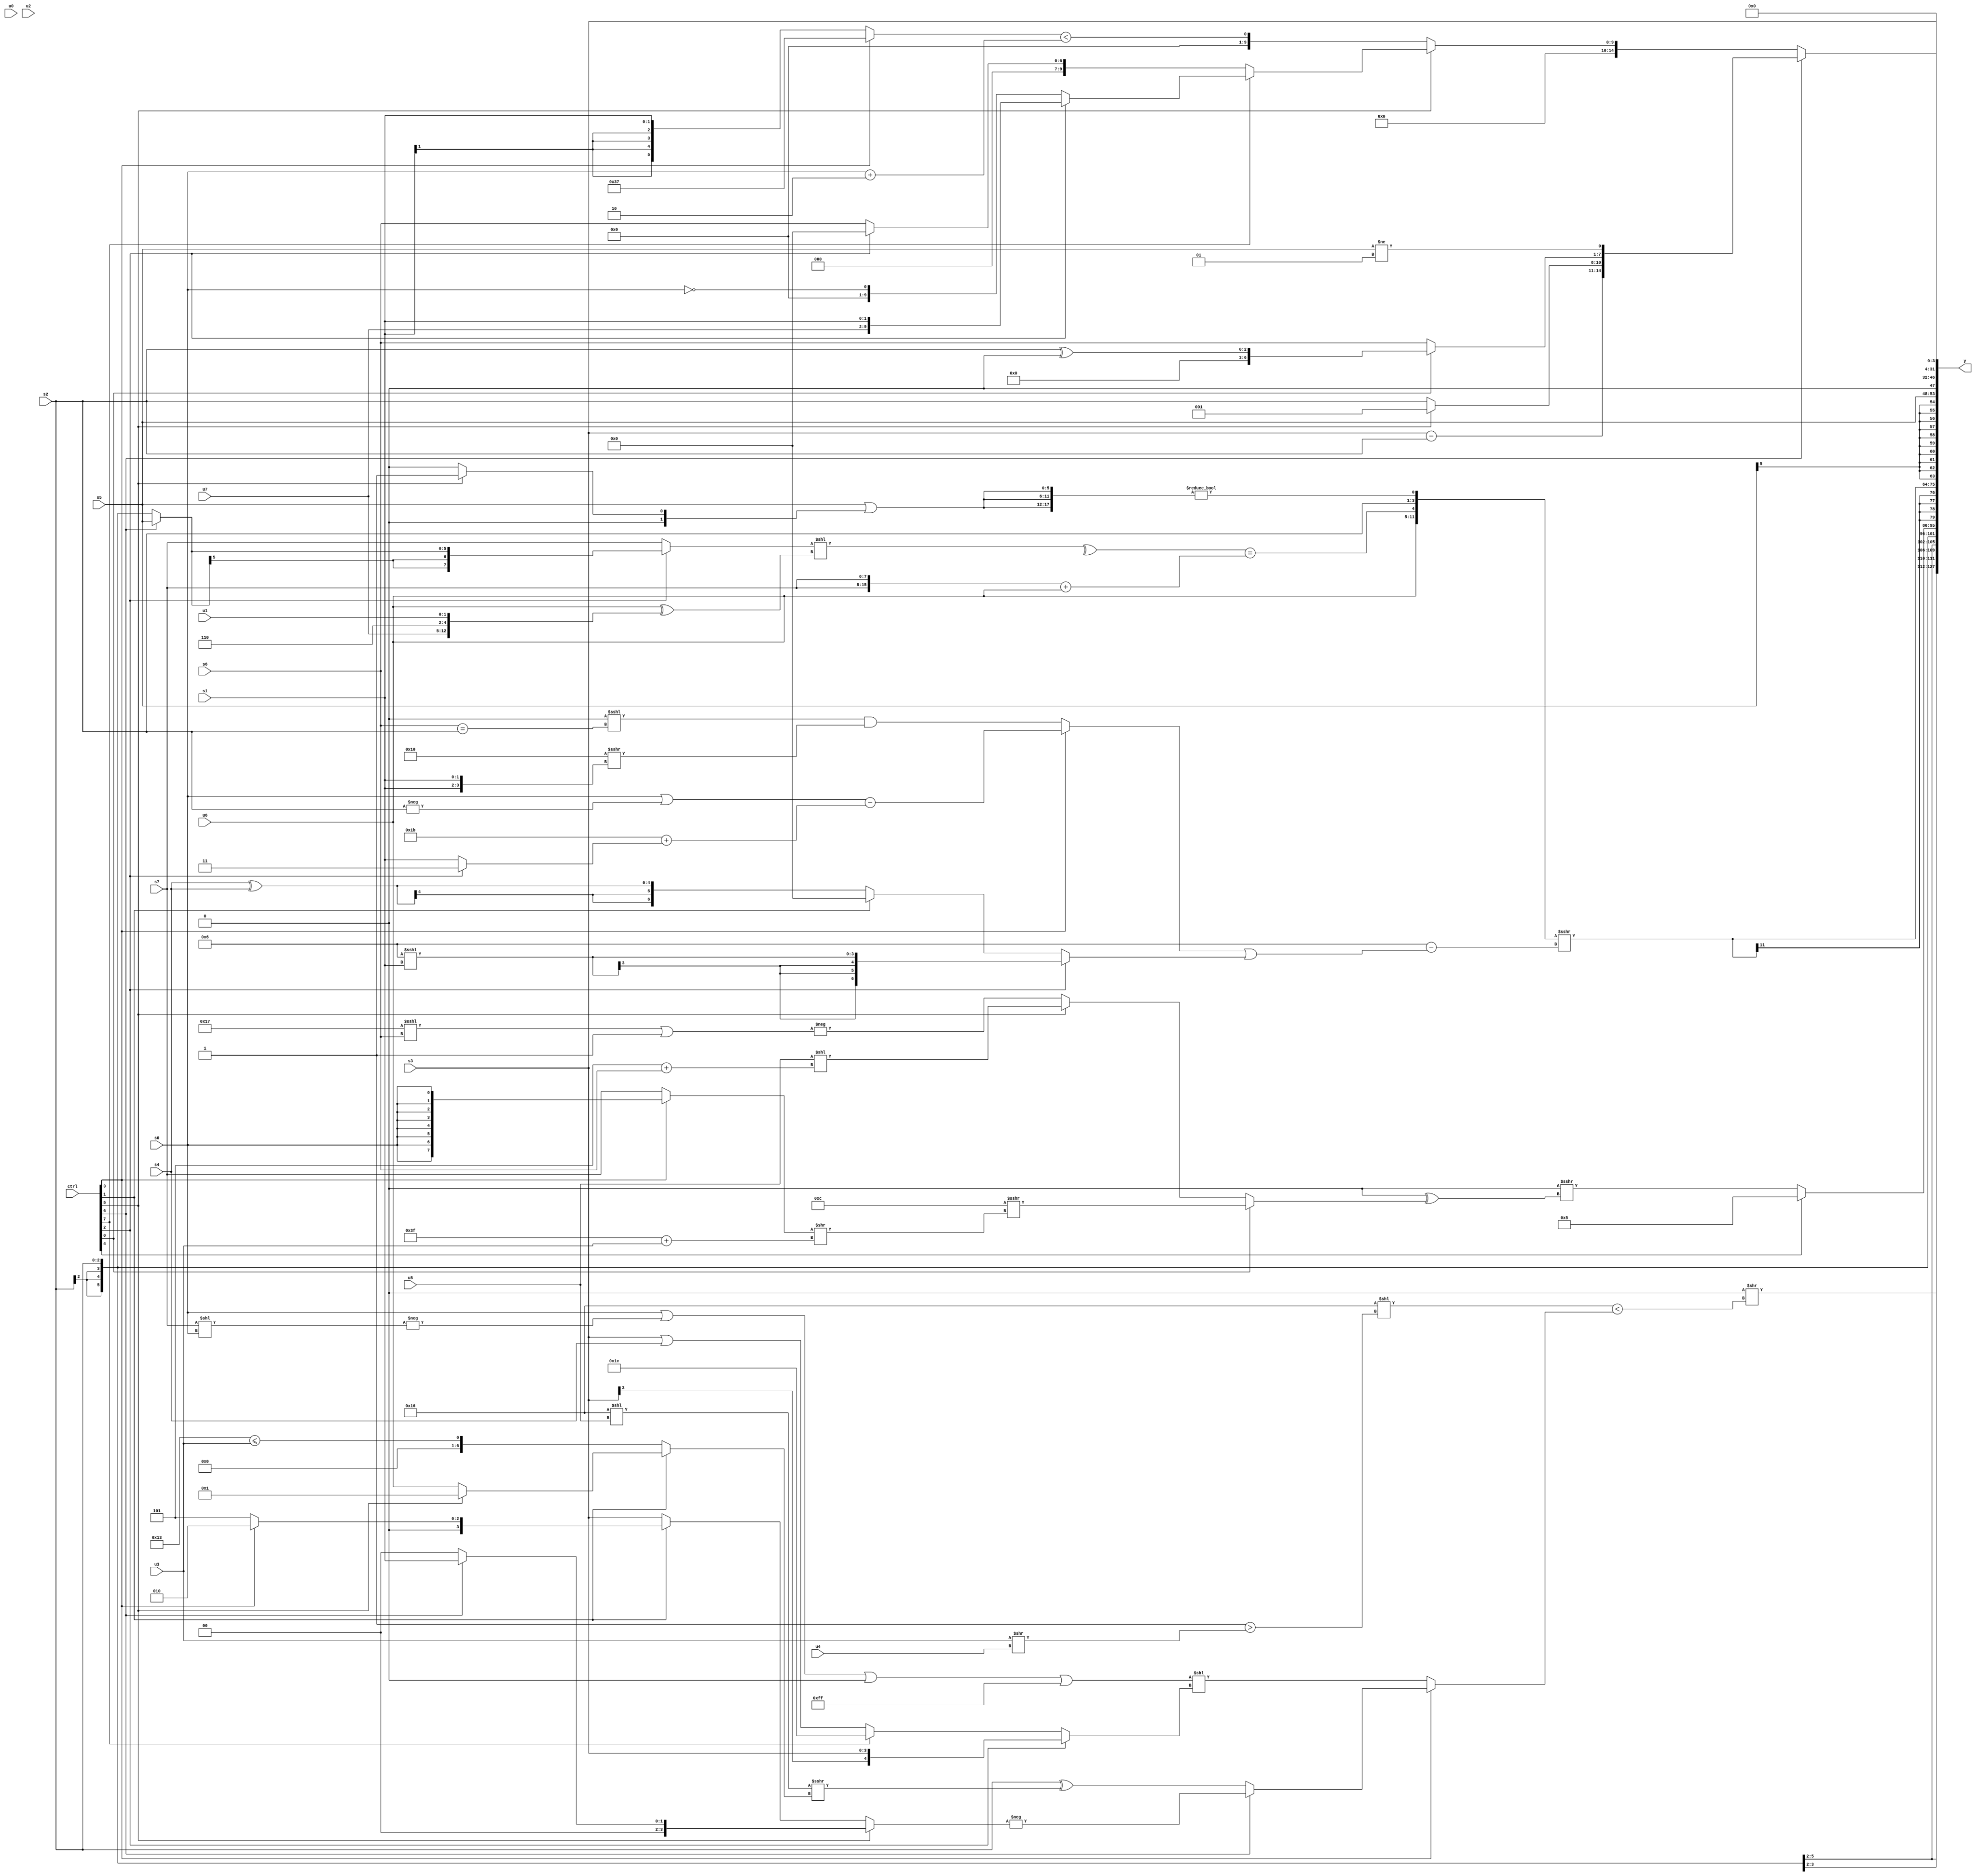
module wideexpr_00002(ctrl, u0, u1, u2, u3, u4, u5, u6, u7, s0, s1, s2, s3, s4, s5, s6, s7, y);
  input [7:0] ctrl;
  input [0:0] u0;
  input [1:0] u1;
  input [2:0] u2;
  input [3:0] u3;
  input [4:0] u4;
  input [5:0] u5;
  input [6:0] u6;
  input [7:0] u7;
  input signed [0:0] s0;
  input signed [1:0] s1;
  input signed [2:0] s2;
  input signed [3:0] s3;
  input signed [4:0] s4;
  input signed [5:0] s5;
  input signed [6:0] s6;
  input signed [7:0] s7;
  output [127:0] y;
  wire [15:0] y0;
  wire [15:0] y1;
  wire [15:0] y2;
  wire [15:0] y3;
  wire [15:0] y4;
  wire [15:0] y5;
  wire [15:0] y6;
  wire [15:0] y7;
  assign y = {y0,y1,y2,y3,y4,y5,y6,y7};
  assign y0 = (1'sb0)>>((+((5'b10110)<<((1'sb1)>(($signed(u3))>>(u4)))))<((ctrl[3]?(ctrl[6]?-((ctrl[5]?(ctrl[6]?s1:(+(s4))>>>({6'sb110010,2'sb01,1'sb0})):(ctrl[1]?(ctrl[3]?+(2'sb10):(ctrl[5]?4'sb0110:4'sb0101)):s3))):($signed($signed($signed(s2))))^(($signed((5'sb10110)<<($unsigned(u5))))>>>((ctrl[1]?(ctrl[5]?(ctrl[5]?2'b01:s4):u6):({1{6'b010011}})<=(u3))))):((((s0)|(-((s7)<<(s0))))|(((ctrl[2]?(4'sb0111)>>(3'b111):6'sb011110))<<(-({2{3'b100}}))))|(-(2'b01)))<<($signed((ctrl[2]?+(s3):(ctrl[7]?3'sb100:(ctrl[7]?(3'sb101)<<(s6):(s3)|(s4)))))))));
  assign y1 = +(s2);
  assign y2 = (ctrl[4]?3'b101:(1'b0)>>>((2'sb00)^((ctrl[0]?(4'sb1100)>>>((+((ctrl[3]?s0:s7)))>>($signed((6'sb111111)+(u3)))):(ctrl[5]?(($signed(u5))<<((3'sb101)+(s6)))>>>(((1'sb0)>>(2'sb10))<<<((2'b01)<<(6'sb000111))):-(((5'sb10111)<<<(s6))|((2'sb10)<(2'sb11))))))));
  assign y3 = $signed(({u6,(^(((ctrl[2]?(ctrl[6]?s5:s2):+(s7)))<<((u6)^({u7,3'b110,u1}))))==(({2{s7}})+(u6)),$signed(s2),($signed({3{(s5)|((ctrl[5]?2'sb01:1'sb0))}}))!=((1'sb1)^~(4'sb0000))})>>>(($signed(((($signed(s0))-((ctrl[2]?3'sb011:s6)))<<<({2{$signed(5'sb11111)}}))^(5'sb00110)))-(((ctrl[3]?((+(s0))|(-(s2)))-(($signed(6'sb011011))+((ctrl[2]?1'sb1:s1))):((1'sb0)<<<((s6)==(s2)))&(((3'sb000)^~(5'sb01111))>>>({2{s1}}))))|((ctrl[2]?$signed($signed((4'sb0110)<<<(s1))):(ctrl[1]?(ctrl[1]?(6'sb001010)>>>(5'sb00101):+(4'sb1101)):((s4)<<(1'b0))^(s4)))))));
  assign y4 = s5;
  assign y5 = (ctrl[6]?$unsigned({$signed((s3)-(s2)),(ctrl[5]?2'sb01:$signed(s2)),(ctrl[0]?(s2)^(2'b00):{s6}),$unsigned((s5)!=(3'sb001))}):(ctrl[5]?(ctrl[7]?(ctrl[2]?{u7,s1}:~^(s0)):(ctrl[7]?{s5,s7,6'b100010,3'b001}:(ctrl[2]?1'sb0:s6))):((6'b100110)<<(6'sb011001))^(((ctrl[3]?6'sb110111:s1))<((s0)+(3'sb110)))));
  assign y6 = 2'sb00;
  assign y7 = {(s3)>>($signed(2'sb00))};
endmodule